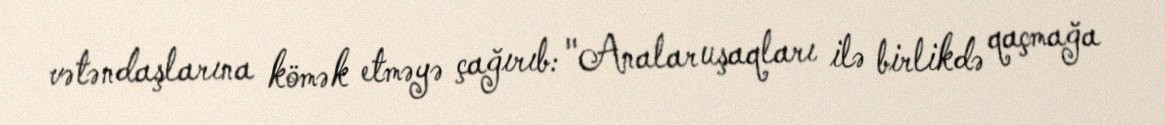
vətəndaşlarına kömək etməyə çağırıb: "Analar uşaqları ilə birlikdə qaçmağa